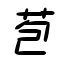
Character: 苞